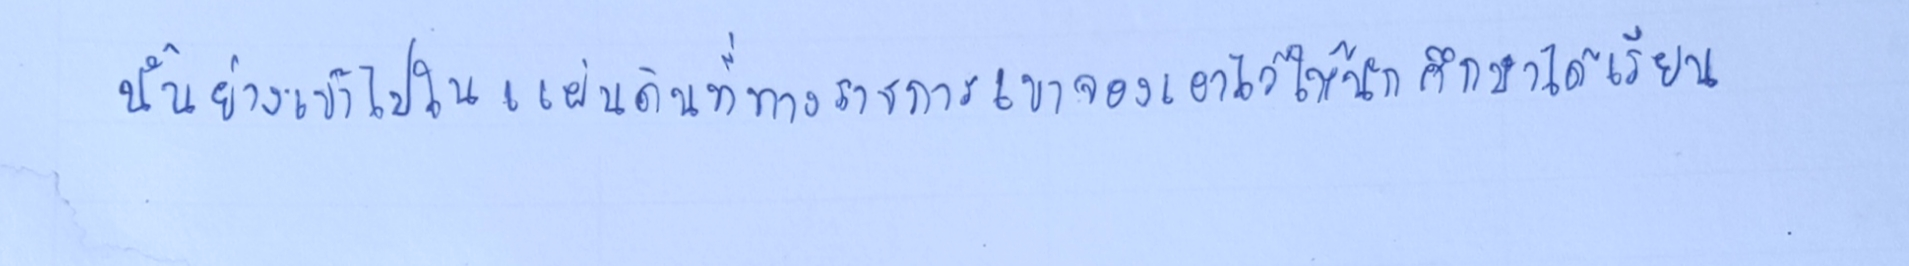
นั้นย่างเข้าไปในแผ่นดินที่ทางราชการเขาจองเอาไว้ให้นักศึกษาได้เรียน